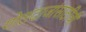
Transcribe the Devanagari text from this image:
गोलंदाजांसाठीची